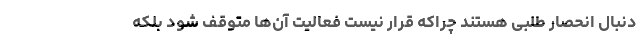
دنبال انحصار طلبی هستند چراکه قرار نیست فعالیت آن‌ها متوقف شود بلکه